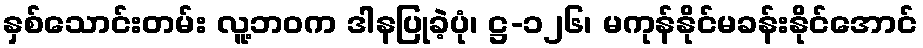
နှစ်သောင်းတမ်း လူ့ဘဝက ဒါနပြုခဲ့ပုံ၊ ဋ္ဌ-၁၂၆၊ မကုန်နိုင်မခန်းနိုင်အောင်